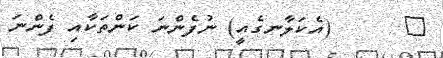
٩      (އެކަލާނގެއީ) ނުފެންނަ ކަންތަކާއި ފެންނަ